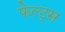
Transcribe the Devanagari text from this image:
फेल्ट्स